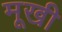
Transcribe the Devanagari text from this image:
मूखी